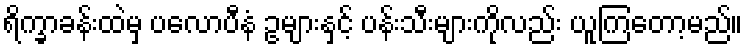
ရိက္ခာခန်းထဲမှ ပလောပီနံ ဥများနှင့် ပန်းသီးများကိုလည်း ယူကြတော့မည်။